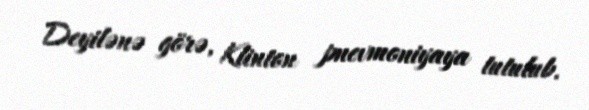
Deyilənə görə, Klinton pnevmoniyaya tutulub.